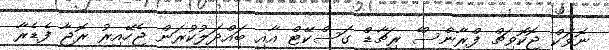
ނޮވަކް ޖޮކޮވިޗް ފްރާންސްެ ރިޗާޑް ގަސްކޭޓް އާއި ބައްދަލުކުރަން ޖެހޭއިރު ރޮޖާ ފެޑެރާ